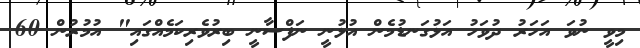
މިވީ ނުވަ އަހަރު ދުވަހު އަޅުގަނޑުމެން އުޅުނީ ނަފްސާނީ ބިރުވެރިކަމެއްގައި" އުމުރުން 60